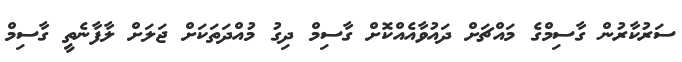
ސަރުކާރުން ގާސިމްގެ މައްޗަށް ދައުވާއެއްކޮށް ގާސިމް ދިގު މުއްދަތަކަށް ޖަލަށް ލާފާނެތީ ގާސިމް